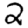
Digit: 2